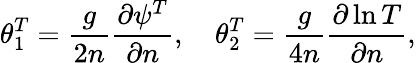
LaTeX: \theta_{1}^{T}=\frac{g}{2n}\frac{\partial\psi^{T}}{\partial n},\ \ \ \ \theta_{2}^{T}=\frac{g}{4n}\frac{\partial\ln{T}}{\partial n},